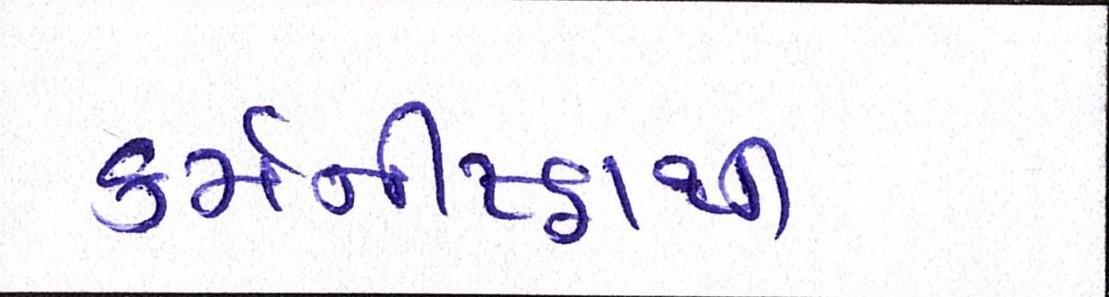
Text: કર્મનીષ્ઠાથી